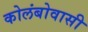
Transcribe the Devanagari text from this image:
कोलंबोवासी